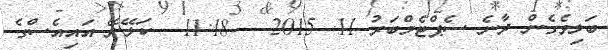
ބަލިވެގެން ދާނެ ސެޕްޓެމްބަރު 11